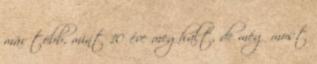
már több, mint 10 éve meghalt, de még most